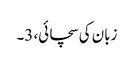
زبان کی سچائی، 3۔